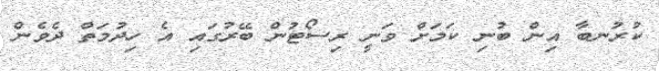
ކުރުނބާ އިން ބުނި ކަމަށް ވަނީ ރިސޯޓުން ބޭރުގައި އެ ހިދުމަތް ދެވެން